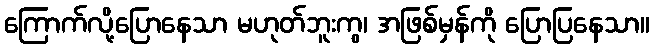
ကြောက်လို့ပြောနေသာ မဟုတ်ဘူးကွ၊ အဖြစ်မှန်ကို ပြောပြနေသာ။